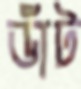
ডাঁট